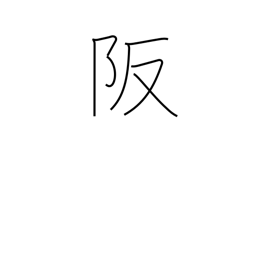
Meaning: heights